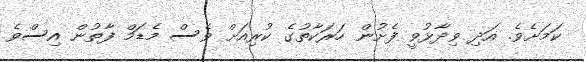
ކަމަށެވެ. އަދި ވިދާޅުވީ ފެށުން ހަރަކާތުގެ ކުރިއަށް ވެސް މެޑަމް ފާތުން އިސްވެ